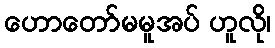
ဟောတော်မမူအပ် ဟူလို၊